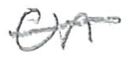
Text: on
Cross-out: single-line
Writing tool: pencil